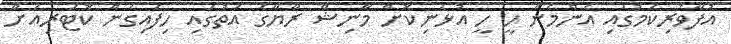
އުފާވެރިކަމުގައި އެންމެން ހީ ހީ އުޅެނިކޮށް މާނިޝް ރާޔާގެ އަތުގައި ހިފައިގެން ކޮޓަރިއަށް